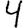
Digit: 4